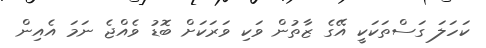
ކަހަލަ ގަސްތަކަކީ އޭގެ ޒާތުން ވަކި ވަރަކަށް ބޮޑު ވެއްޖެ ނަމަ އެއިން